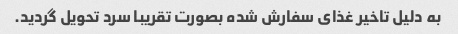
به دلیل تاخیر غذای سفارش شده بصورت تقریبا سرد تحویل گردید.